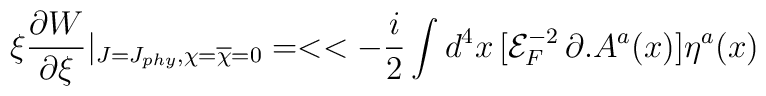
\xi \frac{\partial W}{\partial \xi }|_{J=J_{phy},\chi ={\overline{\chi}} =0}=<<-\frac{i}{2}\int d^{4}x\, [{\mathcal{E}}_{F}^{-2}\, \partial .A^{a}(x)]\eta ^{a}(x)